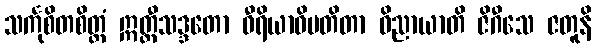
သင်္ကုစိတစိတ္တံ ဣတ္ထီသဒ္ဒတော ဝီရိယာဓိပတိတာ ဝိညာယာတိ ဇိဂီသေ ဇတူနိ